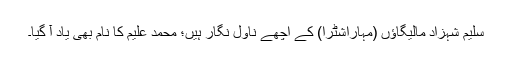
سلیم شہزاد مالیگاؤں (مہاراشٹرا) کے اچھے ناول نگار ہیں؛ محمد علیم کا نام بھی یاد آ گیا۔